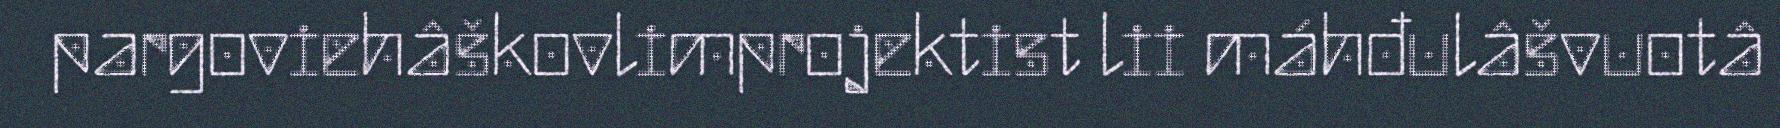
pargoviehâškovlimprojektist lii máhđulâšvuotâ